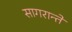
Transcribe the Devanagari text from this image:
सागरान्ते